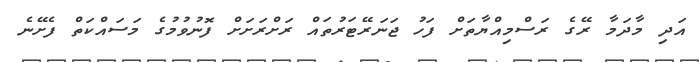
އަދި މާދަމާ ރޭގެ ރަސްމިއްޔާތަށް ފަހު ޖަނަރޭޓަރުތައް ރަށްރަށަށް ފޮނުވުމުގެ މަސައްކަތް ފެށޭނެ